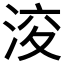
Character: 𱦪